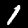
Digit: 1